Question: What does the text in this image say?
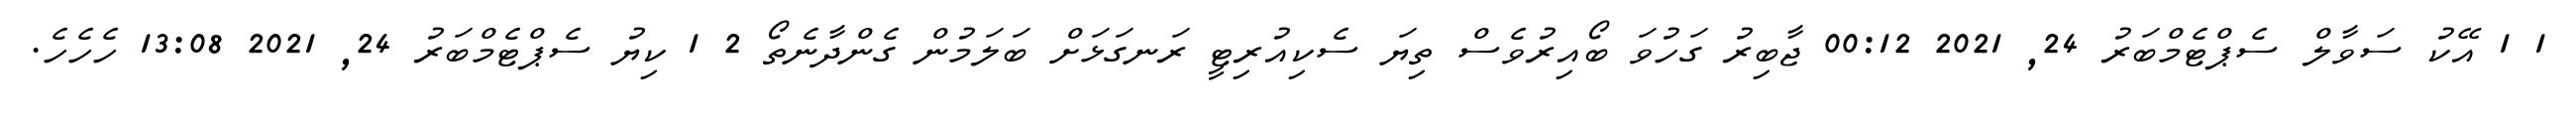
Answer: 1 1 އޭކު ސަވާލް ސެޕްޓެމްބަރު 24, 2021 00:12 ޖާބިރު ގަހުވަ ބޯއިރުވެސް ތިޔަ ސެކިއުރިޓީ ރަނގަޅަށް ބަލަމުން ގެންދާނެތޯ 2 1 ކިޔު ސެޕްޓެމްބަރު 24, 2021 13:08 ހެހެހެ.